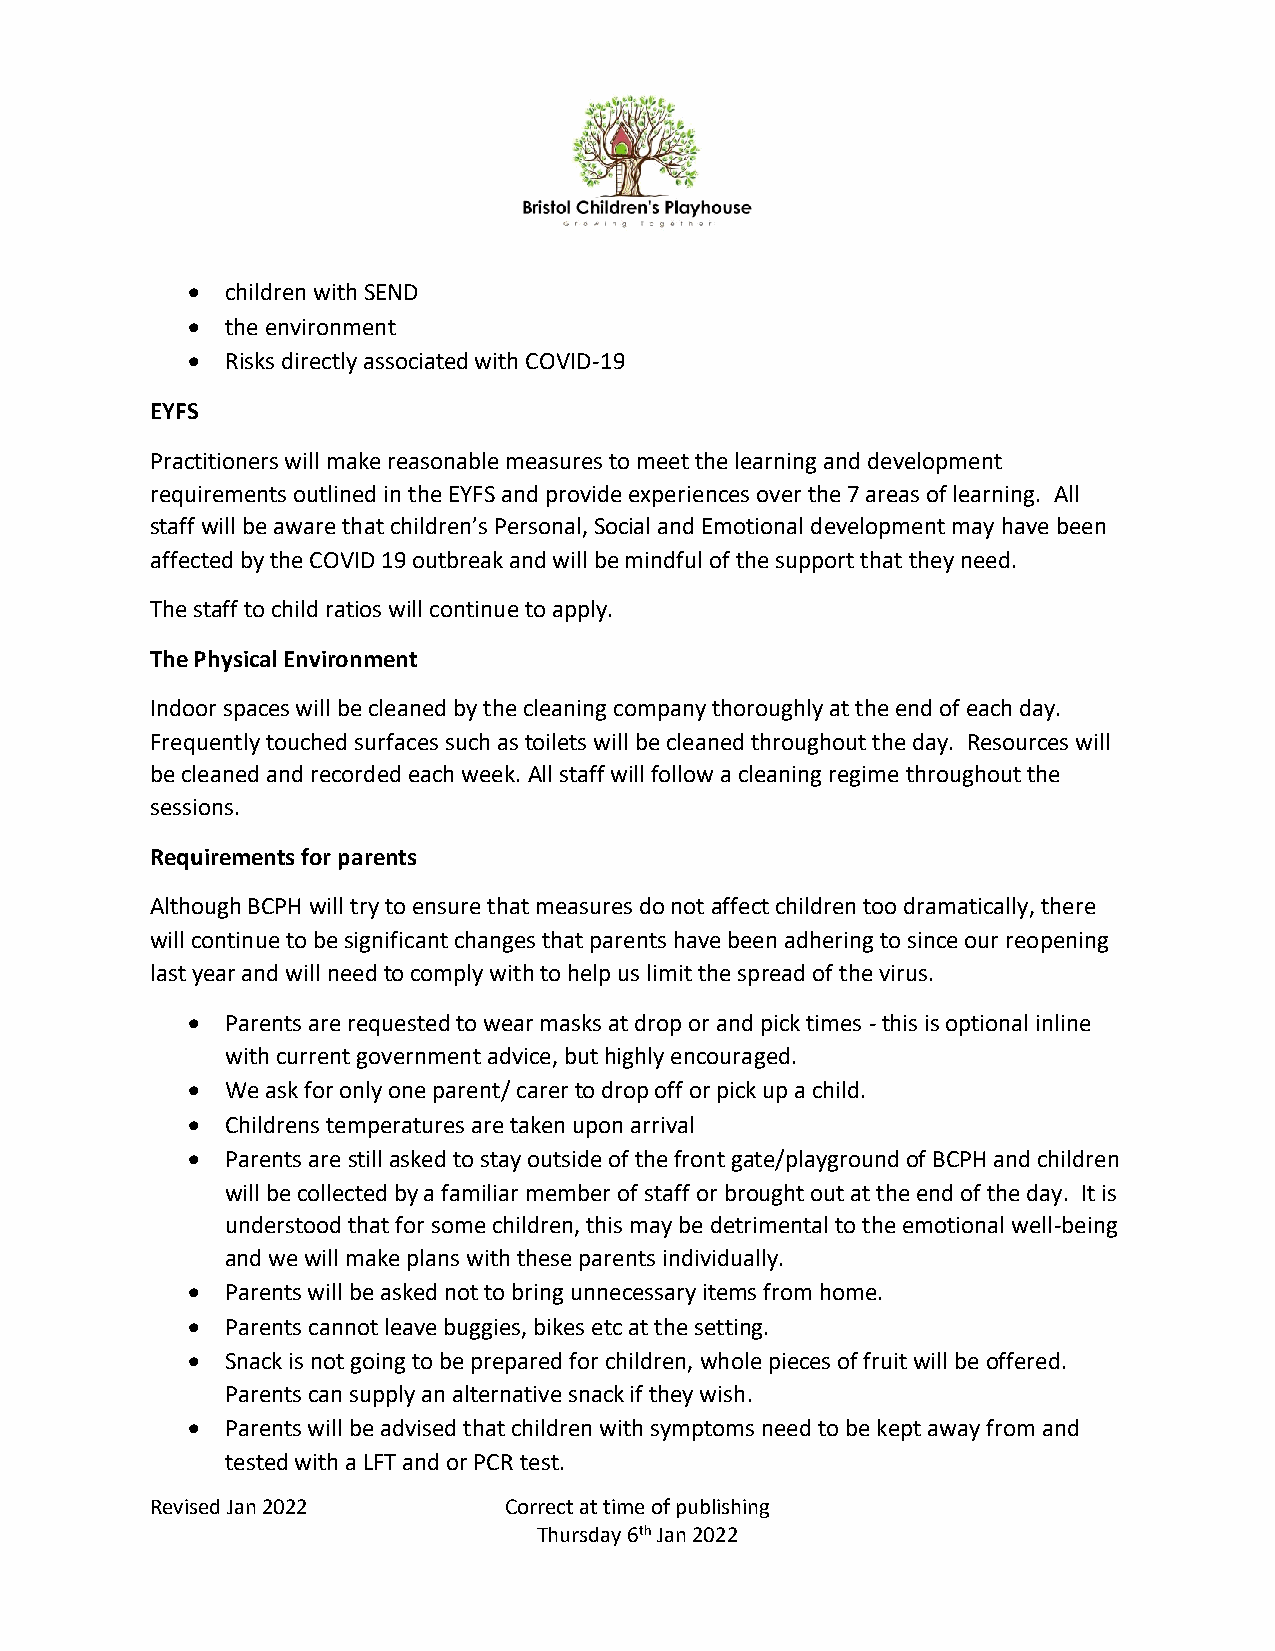
•  children with SEND
 •  the environment
 •  Risks directly associated with COVID-19
 EYFS
 Practitioners will make reasonable measures to meet the learning and development
 requirements outlined in the EYFS and provide experiences over the 7 areas of learning. All
 staff will be aware that children’s Personal, Social and Emotional development may have been
 affected by the COVID 19 outbreak and will be mindful of the support that they need.
 The staff to child ratios will continue to apply.
 The Physical Environment
 Indoor spaces will be cleaned by the cleaning company thoroughly at the end of each day.
 Frequently touched surfaces such as toilets will be cleaned throughout the day. Resources will
 be cleaned and recorded each week. All staff will follow a cleaning regime throughout the
 sessions.
 Requirements for parents
 Although BCPH will try to ensure that measures do not affect children too dramatically, there
 will continue to be significant changes that parents have been adhering to since our reopening
 last year and will need to comply with to help us limit the spread of the virus.
 •  Parents are requested to wear masks at drop or and pick times - this is optional inline
 with current government advice, but highly encouraged.
 •  We ask for only one parent/ carer to drop off or pick up a child.
 •  Childrens temperatures are taken upon arrival
 •  Parents are still asked to stay outside of the front gate/playground of BCPH and children
 will be collected by a familiar member of staff or brought out at the end of the day. It is
 understood that for some children, this may be detrimental to the emotional well-being
 and we will make plans with these parents individually.
 •  Parents will be asked not to bring unnecessary items from home.
 •  Parents cannot leave buggies, bikes etc at the setting.
 •  Snack is not going to be prepared for children, whole pieces of fruit will be offered.
 Parents can supply an alternative snack if they wish.
 •  Parents will be advised that children with symptoms need to be kept away from and
 tested with a LFT and or PCR test.
 Revised Jan 2022       Correct at time of publishing
 Thursday 6th Jan 2022